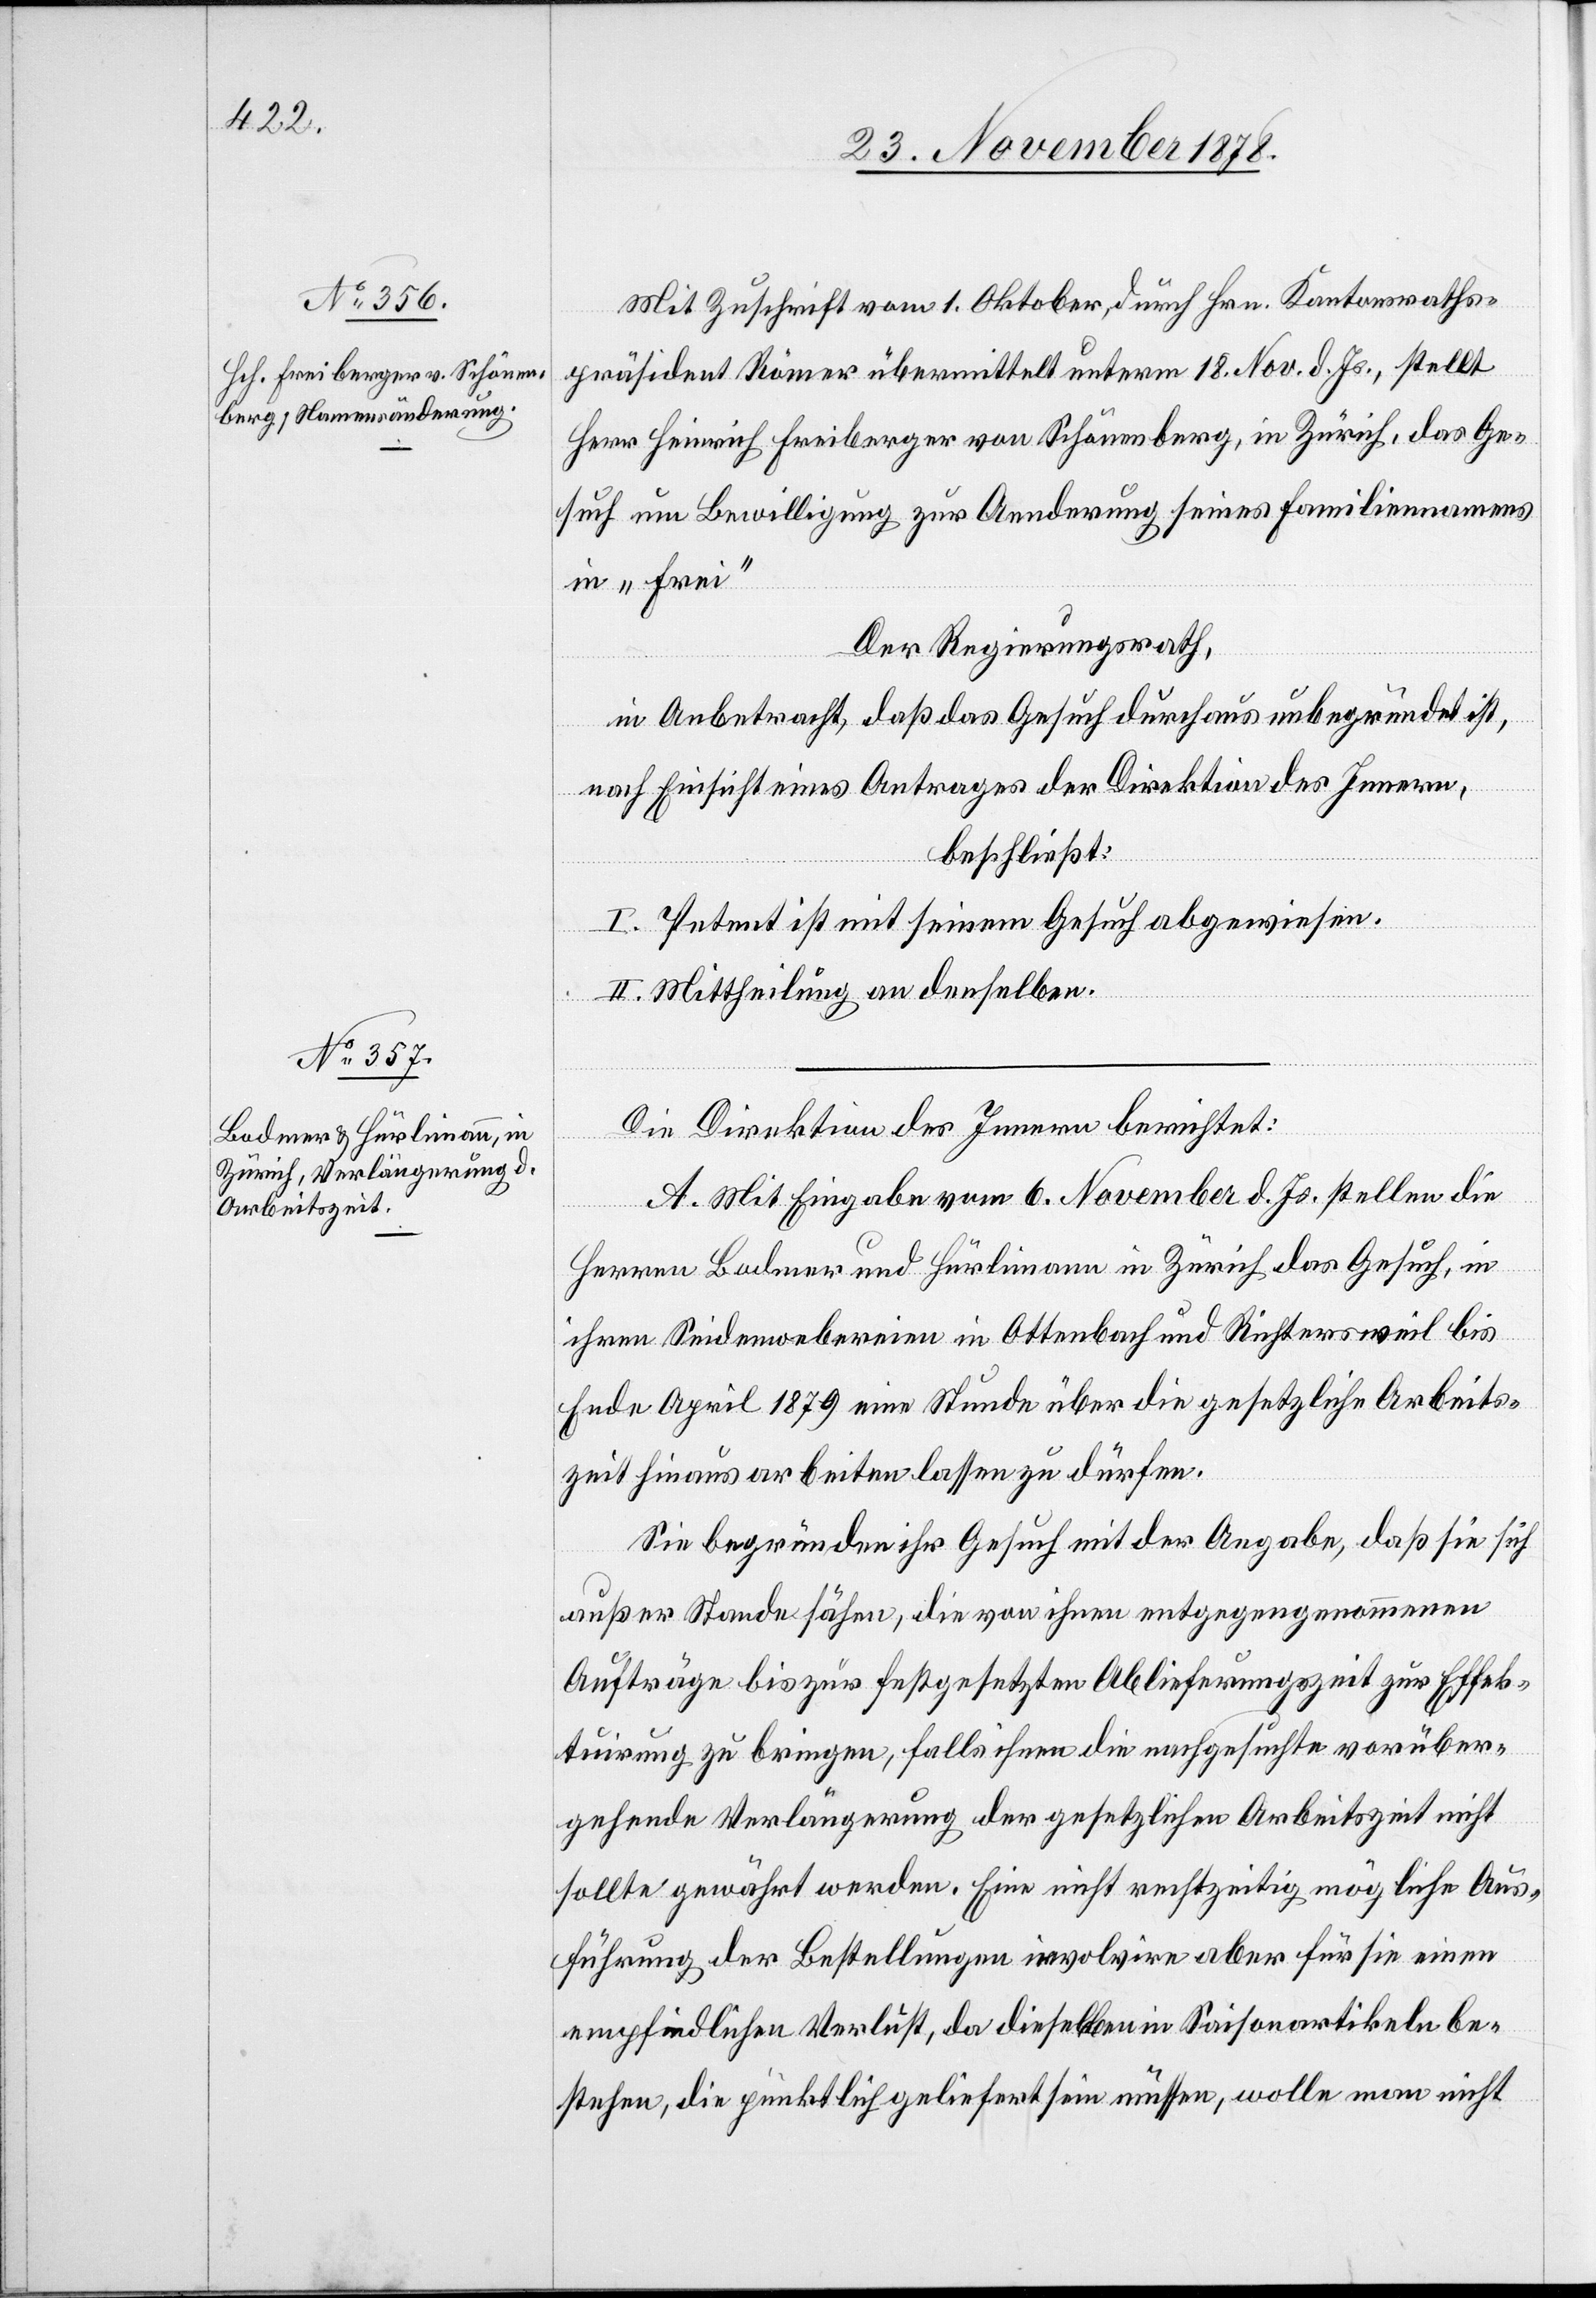
Mit Zuschrift vom 1. Oktober, durch Hrn. Kantonsraths¬
präsident Römer übermittelt unterm 18. Nov. d. Js., stellt
Herr Heinrich Freiberger von Schönenberg, in Zürich, das Ge¬
such um Bewilligung zur Aenderung seines Familiennamens
in „Frei“.
Der Regierungsrath,
in Anbetracht, daß das Gesuch durchaus unbegründet ist,
nach Einsicht eines Antrages der Direktion des Innern,
beschließt:
I. Petent ist mit seinem Gesuch abgewiesen.
II. Mittheilung an denselben.
Die Direktion des Innern berichtet:
A. Mit Eingabe vom 6. November d. Js. stellen die
Herren Bodmer und Hürlimann in Zürich das Gesuch, in
ihren Seidenwebereien in Ottenbach und Richtersweil bis
Ende April 1879 eine Stunde über die gesetzliche Arbeits¬
zeit hinausarbeiten lassen zu dürfen.
Sie begründen ihr Gesuch mit der Angabe, daß sie sich
außer Stande sähen, die von ihnen entgegengenommenen
Aufträge bis zur festgesetzten Ablieferungszeit zur Effek¬
tuirung zu bringen, falls ihnen die nachgesuchte vorüber¬
gehende Verlängerung der gesetzlichen Arbeitszeit nicht
sollte gewährt werden. Eine nicht rechtzeitig mögliche Aus¬
führung der Bestellungen involvire aber für sie einen
empfindlichen Verlust, da dieselben in Saisonartikeln be¬
stehen, die pünktlich geliefert sein müssen, wolle man nicht